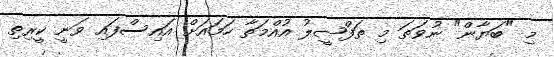
މި "ބަޔާން" ނުވަތަ މި ތަފްޞީލު އުއްމަތާ ހަމައަށް އައިސްފައި ވަނީ ކީރިތި